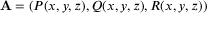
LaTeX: \mathbf { A } = ( P ( x , y , z ) , Q ( x , y , z ) , R ( x , y , z ) )